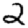
Digit: 2